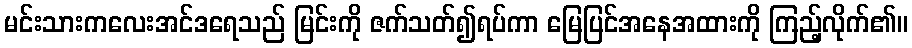
မင်းသားကလေးအင်ဒရေသည် မြင်းကို ဇက်သတ်၍ရပ်ကာ မြေပြင်အနေအထားကို ကြည့်လိုက်၏။